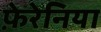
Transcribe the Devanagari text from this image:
फ़ेरेनिया